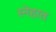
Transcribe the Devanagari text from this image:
स्नेहात